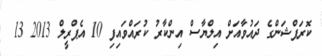
ކޮރަޕްޝަންގެ ދައުވާއަށް އިލްޔާސް އިންކާރު ކުރައްވައިފި 10 އެޕްރީލް 2013 13